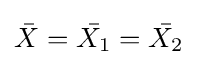
{\bar {X}}={\bar {X_{1}}}={\bar {X_{2}}}